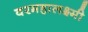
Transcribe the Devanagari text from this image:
वरमहालक्ष्मी